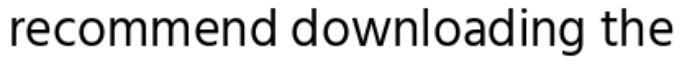
recommend downloading the